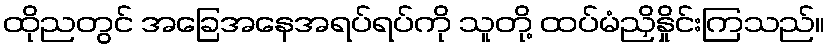
ထိုညတွင် အခြေအနေအရပ်ရပ်ကို သူတို့ ထပ်မံညှိနှိုင်းကြသည်။